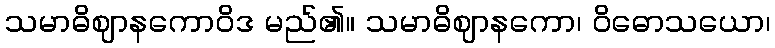
သမာဓိဈာနကောဝိဒ မည်၏။ သမာဓိဈာနကော၊ ဝိဓောသယော၊